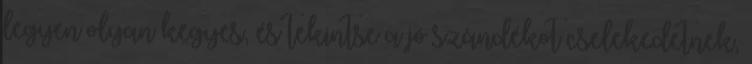
legyen olyan kegyes, és tekintse a jó szándékot cselekedetnek,